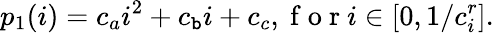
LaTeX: p_{1}(i)=c_{a}i^{2}+c_{\mathtt{b}}i+c_{c},\mathrm{{~f~o~r~}}i\in[0,1/c_{i}^{r}].